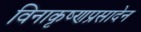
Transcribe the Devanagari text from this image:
विनाकृष्णप्रसादेन